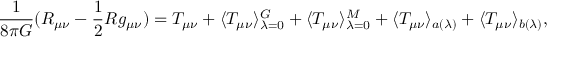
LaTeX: \frac { 1 } { 8 \pi G } ( R _ { \mu \nu } - \frac { 1 } { 2 } R g _ { \mu \nu } ) = T _ { \mu \nu } + \langle T _ { \mu \nu } \rangle _ { \lambda = 0 } ^ { G } + \langle T _ { \mu \nu } \rangle _ { \lambda = 0 } ^ { M } + \langle T _ { \mu \nu } \rangle _ { a ( \lambda ) } + \langle T _ { \mu \nu } \rangle _ { b ( \lambda ) } ,